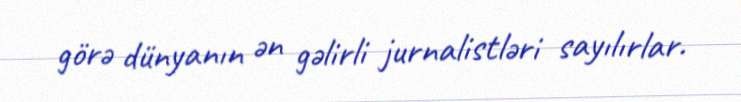
görə dünyanın ən gəlirli jurnalistləri sayılırlar.